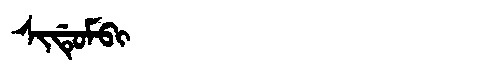
Manchu: ᠰᡳᡩᡠᠮᠪᡳ
Romanization: SIDUMBI